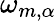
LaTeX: \omega_{m,\alpha}